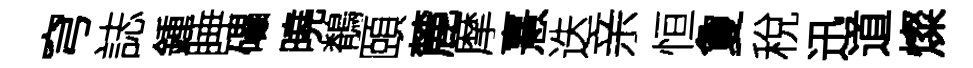
穹誌鍾睡礧曉鶺頤麓摩憙迭亲恒夐稅迅道燦